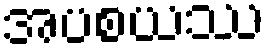
အပစယဿ